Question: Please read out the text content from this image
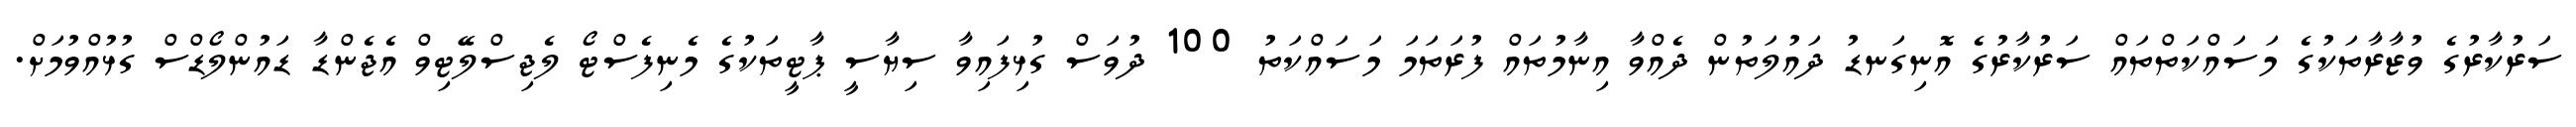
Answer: ސަރުކާރުގެ ވުޒާރާތަކުގެ މަސައްކަތްތައް ސަރުކާރުގެ އޮނިގަނޑު ދައުލަތުން ދެއްވާ އިނާމުތައް ފުރަތަމަ މަސައްކަތު 100 ދުވަސް ގުޅިފައިވާ ސިޔާސީ ޕާޓީތަކުގެ މެނިފެސްޓޯ ލެޖިސްލޭޓިވް އެޖެންޑާ ޑައުންލޯޑްސް ގުޅުއްވުމަށް.